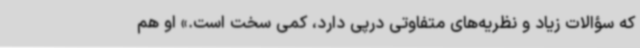
که سؤالات زیاد و نظریه‌های متفاوتی درپی دارد، کمی سخت است.» او هم